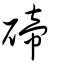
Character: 碲